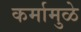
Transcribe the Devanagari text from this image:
कर्मामुळे